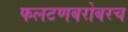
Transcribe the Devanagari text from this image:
फलटणबरोबरच